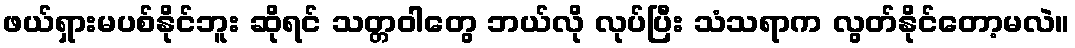
ဖယ်ရှားမပစ်နိုင်ဘူး ဆိုရင် သတ္တဝါတွေ ဘယ်လို လုပ်ပြီး သံသရာက လွတ်နိုင်တော့မလဲ။